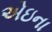
એઇના